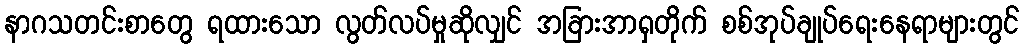
နာဂသတင်းစာတွေ ရထားသော လွတ်လပ်မှုဆိုလျှင် အခြားအာရှတိုက် စစ်အုပ်ချုပ်ရေးနေရာများတွင်